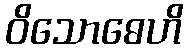
ဝိသောဓေဟိ